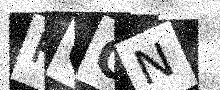
Text: KCCN